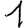
Digit: 1